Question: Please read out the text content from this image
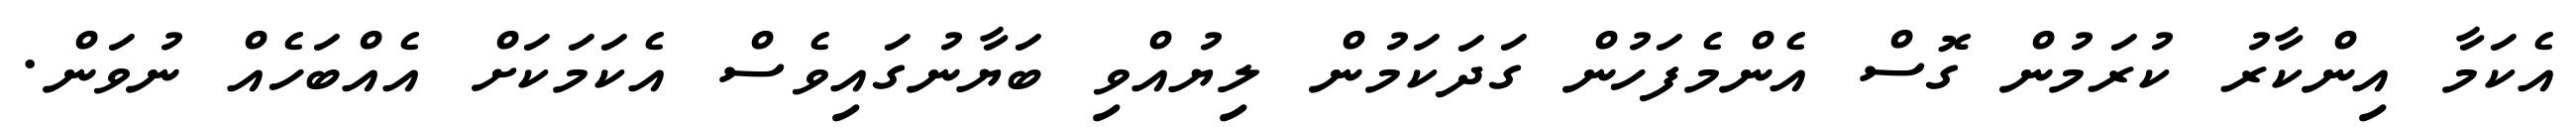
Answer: އެކަމާ އިންކާރު ކުރަމުން ގޮސް އެންމެފަހުން ގަދަކަމުން ލިޔުއްވި ބަޔާނުގައިވެސް އެކަމަކަށް އެއްބަހެއް ނުވަން.